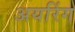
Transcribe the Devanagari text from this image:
अयरिंग